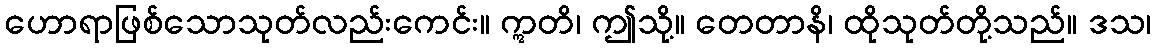
ဟောရာဖြစ်သောသုတ်လည်းကေင်း။ ဣတိ၊ ဤသို့။ တေတာနိ၊ ထိုသုတ်တို့သည်။ ဒသ၊